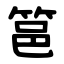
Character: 䇼